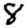
Digit: 8